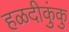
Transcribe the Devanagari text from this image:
हळदीकुंकु